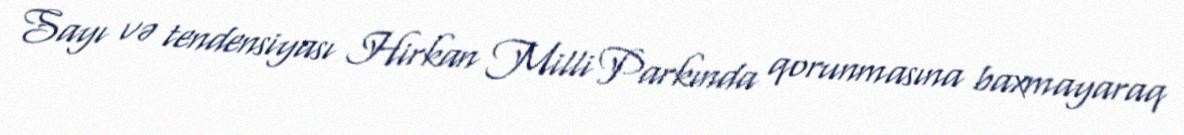
Sayı və tendensiyası Hirkan Milli Parkında qorunmasına baxmayaraq